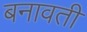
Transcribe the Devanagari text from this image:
बनावती